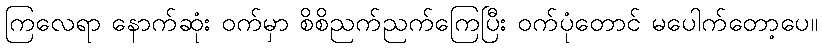
ကြလေရာ နောက်ဆုံး ဝက်မှာ စိစိညက်ညက်ကြေပြီး ဝက်ပုံတောင် မပေါက်တော့ပေ။